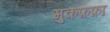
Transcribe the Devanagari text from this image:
मुकफ़फ़ा